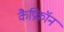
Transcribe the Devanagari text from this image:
कैप्रिकॉन